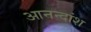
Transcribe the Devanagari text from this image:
आनन्दांश